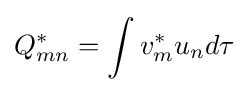
Q_{mn}^{*}=\int v_{m}^{*}u_{n}d\tau